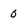
Character: 0